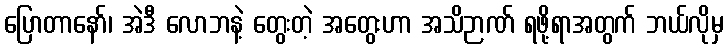
ပြောတာနော်၊ အဲဒီ လောဘနဲ့ တွေးတဲ့ အတွေးဟာ အသိဉာဏ် ရဖို့ရာအတွက် ဘယ်လိုမှ